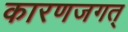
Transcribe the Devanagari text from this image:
कारणजगत्